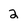
Character: 2